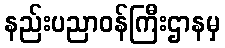
နည်းပညာဝန်ကြီးဌာနမှ